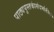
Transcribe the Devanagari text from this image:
पाठ्यपुस्तकांसंदर्भातील